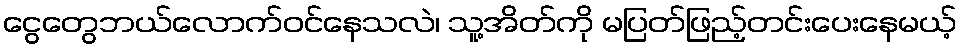
ငွေတွေဘယ်လောက်ဝင်နေသလဲ၊ သူ့အိတ်ကို မပြတ်ဖြည့်တင်းပေးနေမယ့်